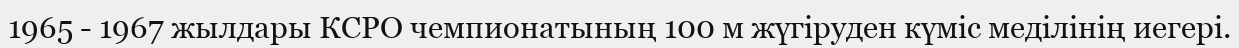
1965 - 1967 жылдары КСРО чемпионатының 100 м жүгіруден күміс меділінің иегері.